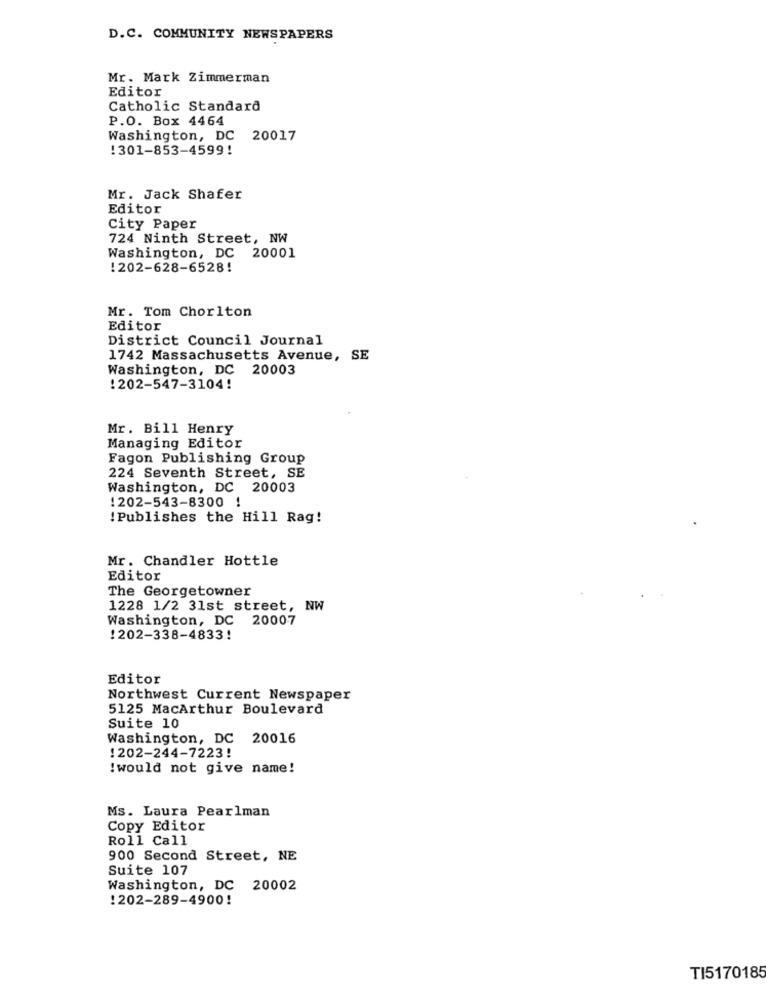
D.C. COMMUNITY NEWSPAPERS
Mr. Mark Zimmerman
Editor
Catholic Standard
P.O. Box 4464
Washington, DC 20017
!301-853-4599!
Mr. Jack Shafer
Editor
City Paper
724 Ninth Street, NW
Washington, DC 20001
!202-628-6528!
Mr. Tom Chorlton
Editor
District Council Journal
1742 Massachusetts Avenue, SE
Washington, DC 20003
!202-547-3104!
Mr. Bill Henry
Managing Editor
Fagon Publishing Group
224 Seventh Street, SE
Washington, DC 20003
1202-543-8300 !
! Publishes the Hill Rag!
Mr. Chandler Hottle
Editor
The Georgetowner
1228 1/2 31st street, NW
Washington, DC 20007
!202-338-4833!
Editor
Northwest Current Newspaper
5125 MacArthur Boulevard
Suite 10
Washington, DC 20016
!202-244-7223!
!would not give name!
Ms. Laura Pearlman
Copy Editor
Roll Call
900 Second Street, NE
Suite 107
Washington, DC 20002
:202-289-4900!
TI5170185